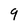
Character: 9